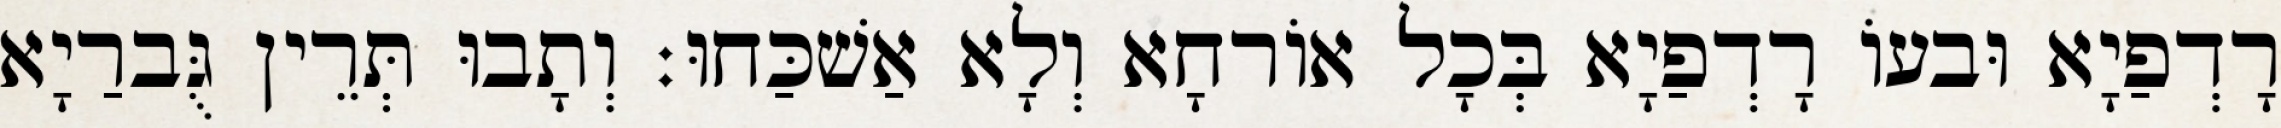
רָדְפַיָא וּבעוֹ רָדְפַיָא בְּכָל אוֹרחָא וְלָא אַשׁכַּחוּ׃ וְתָבוּ תְּרֵין גֻּברַיָא